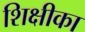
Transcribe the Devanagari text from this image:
शिक्षीका